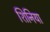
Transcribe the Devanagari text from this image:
शिनिया